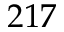
2 1 7